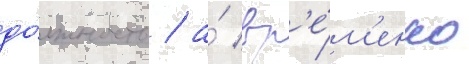
до́лжность / а́ вр'е́м'енно